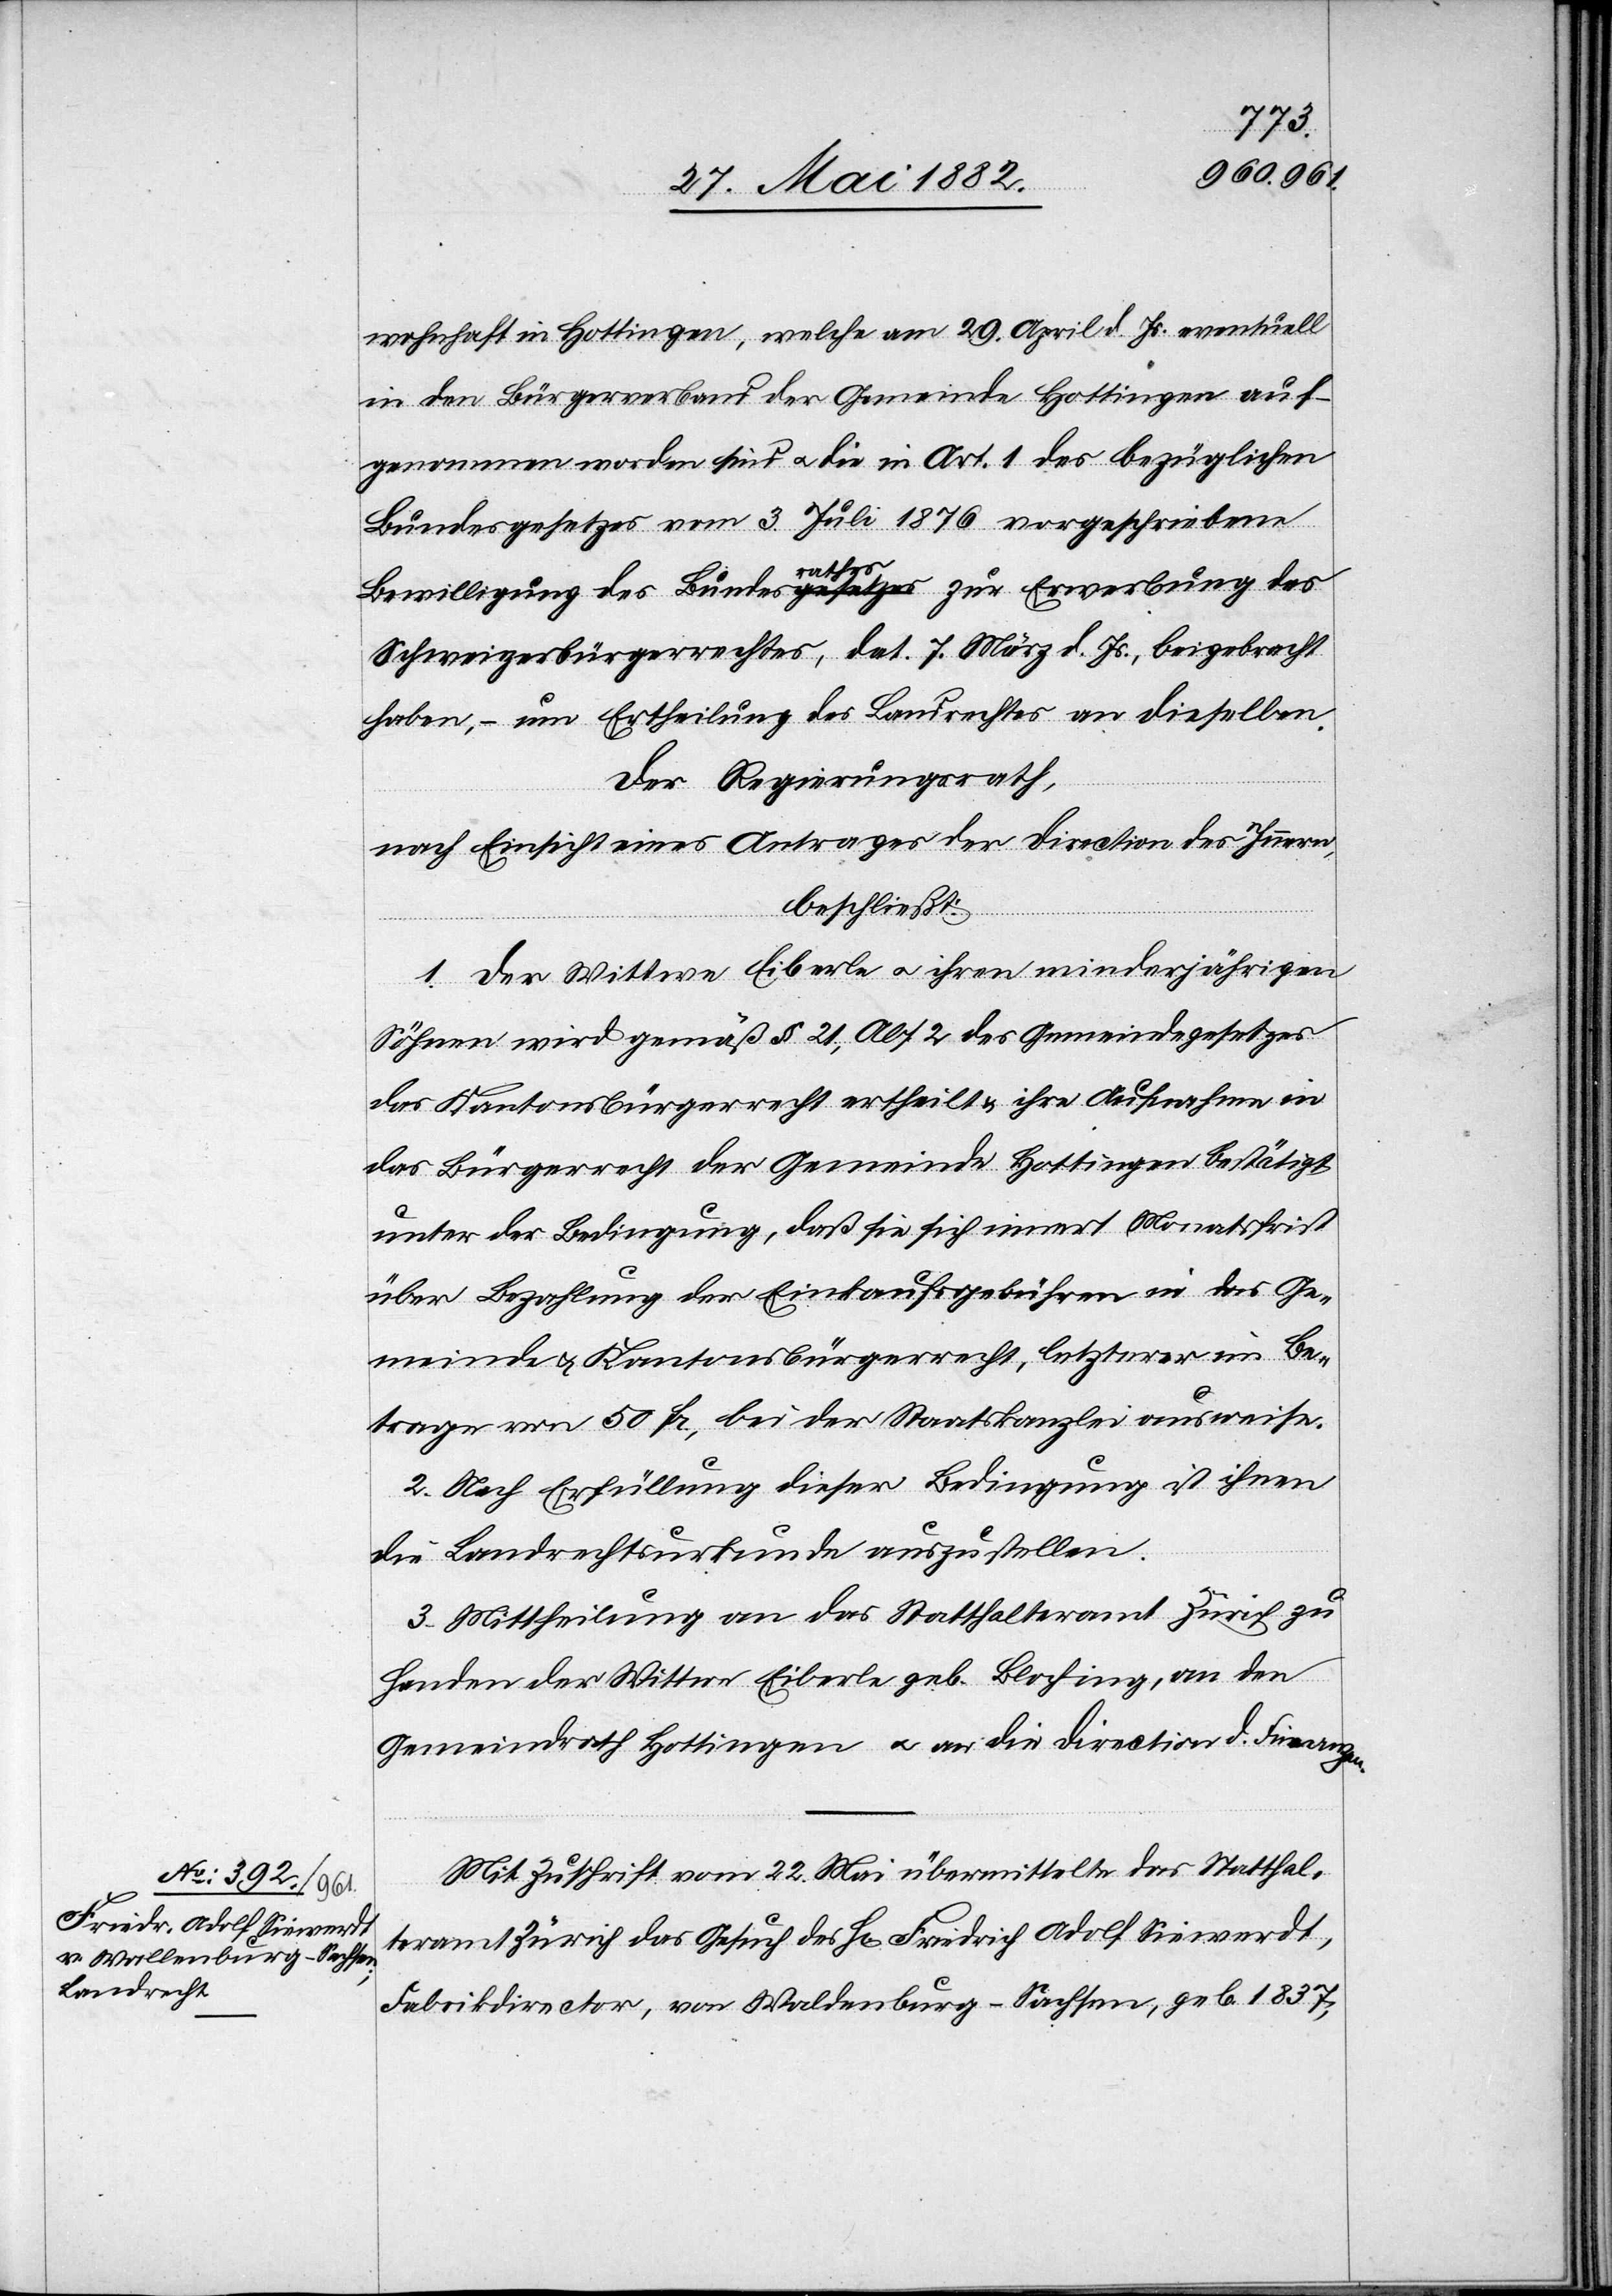
wohnhaft in Hottingen, welche am 29. April d. Js. eventuell
in den Bürgerverband der Gemeinde Hottingen auf¬
genommen worden sind u. die in Art. 1 des bezüglichen
Bundesgesetzes vom 3. Juli 1876 vorgeschriebene
Bewilligung des Bundesrathes zur Erwerbung des
Schweizerbürgerrechtes, dat. 7. März d. Js., beigebracht
haben, – um Ertheilung des Landrechtes an dieselben.
Der Regierungsrath,
nach Einsicht eines Antrages der Direction des Innern,
beschließt:
en.
1. Der Wittwe Eiberle u. ihren minderjährigen
Söhnen wird gemäß § 21, Abs. 2 des Gemeindegesetzes
das Kantonsbürgerrecht ertheilt & ihre Aufnahme in
das Bürgerrecht der Gemeinde Hottingen bestätigt,
unter der Bedingung, daß sie sich innert Monatsfrist
über Bezahlung der Einkaufsgebühren in das Ge¬
meinde- & Kantonsbürgerrecht, letzterer im Be¬
trage von 50 Fr., bei der Staatskanzlei ausweise.
2. Nach Erfüllung dieser Bedingung ist ihnen
die Landrechtsurkunde auszustellen.
3. Mittheilung an das Statthalteramt Zürich zu
Handen der Wittwe Eiberle geb. Bloching, an den
Gemeindrath Hottingen u. an die Direction d. Finanz¬
Mit Zuschrift vom 22. Mai übermittelte das Statthal¬
teramt Zürich das Gesuch des H[rn]. Friedrich Adolf Siewerdt,
Fabrikdirector, von Waldenburg [sic!] - Sachsen, geb. 1837,